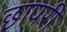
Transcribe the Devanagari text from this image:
छापरी